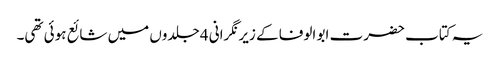
یہ کتاب حضرت ابو الوفا کے زیر نگرانی 4 جلدوں میں شائع ہوئی تھی۔